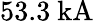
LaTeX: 53.3\mathrm{~kA}